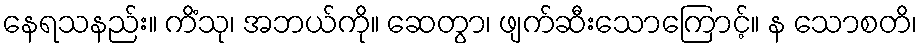
နေရသနည်း။ ကိံသု၊ အဘယ်ကို။ ဆေတွာ၊ ဖျက်ဆီးသောကြောင့်။ န သောစတိ၊